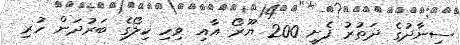
ސިނާދުގެ ދަތުރު ފެށީ 200 ޔޫރޯ އާއި ވިހި ކިލޯގެ ބަރުދަން ހުރި